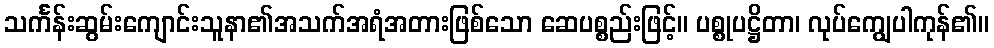
သင်္ကန်းဆွမ်းကျောင်းသူနာ၏အသက်အရံအတားဖြစ်သော ဆေပစ္စည်းဖြင့်။ ပစ္စုပဋ္ဌိတာ၊ လုပ်ကျွေပါကုန်၏။